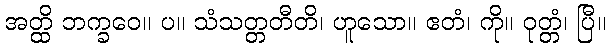
အတ္ထိ ဘက္ခဝေ။ ပ။ သံသတ္တတီတိ၊ ဟူသော။ ဧတံ၊ ကို။ ဝုတ္တံ၊ ပြီ။